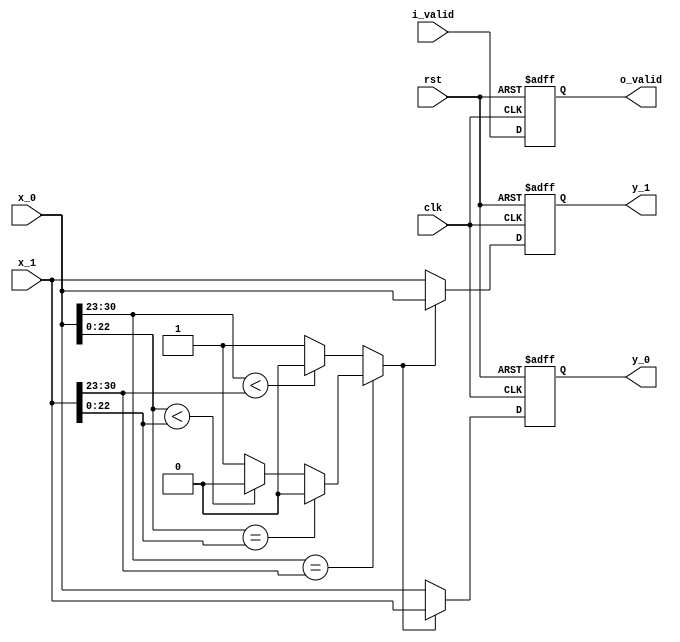
`timescale 1ns / 1ps

module input_2_fp32 #(
    parameter DATA_WIDTH = 32,
    parameter ASCENDING = 1
) (
    input clk, rst, i_valid,
    input [DATA_WIDTH-1 : 0] x_0, x_1,
    output reg [DATA_WIDTH-1 : 0] y_0, y_1,
    output reg o_valid
);
    
wire flag_0, flag_1;
wire [7 : 0] exp_0, exp_1;
wire [22 : 0] frac_0, frac_1;
reg result;

// condition
wire exp_0_l_exp_1, exp_0_e_exp_1;
wire frac_0_l_frac_1, frac_0_e_frac_1;

assign {flag_0, exp_0, frac_0} = x_0;
assign {flag_1, exp_1, frac_1} = x_1;

assign exp_0_l_exp_1   = exp_0 < exp_1;
assign exp_0_e_exp_1   = exp_0 == exp_1;
assign frac_0_l_frac_1 = frac_0 < frac_1;
assign frac_0_e_frac_1 = frac_0 == frac_1;

always @(*) begin
    if(!exp_0_e_exp_1)
        result = exp_0_l_exp_1 ? 0: 1;
    else if(!frac_0_e_frac_1)
        result = frac_0_l_frac_1 ? 0: 1;
    else
        result = 0;
end


always @(posedge clk or negedge rst) begin
    if (!rst) begin
        y_0 <= 0;
        y_1 <= 0;
        o_valid <= 0;
    end
    else begin
        if (ASCENDING) begin
            if (!result) begin
                y_0 <= x_0;
                y_1 <= x_1;
            end
            else begin
                y_0 <= x_1;
                y_1 <= x_0;
            end
        end
        else begin
            if (result) begin
                y_0 <= x_0;
                y_1 <= x_1;
            end
            else begin
                y_0 <= x_1;
                y_1 <= x_0;
            end
        end

        o_valid <= i_valid;
    end
end

endmodule